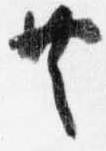
共